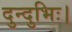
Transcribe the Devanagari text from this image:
दुन्दुभिः।